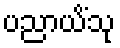
ပညာယိံသု